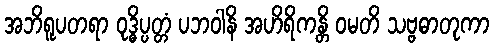
အဘိရူပတရာ ဝုဒ္ဓိပ္ပတ္တံ ပဘဝါနိ အဟိရိကန္တိ ဝမတိ သဗ္ဗဓာတုကာ